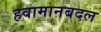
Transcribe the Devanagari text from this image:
हवामानबदल